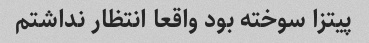
پیتزا سوخته بود واقعا انتظار نداشتم